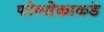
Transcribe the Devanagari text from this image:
फोन्सेकाकडे